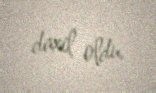
daxil oldu.